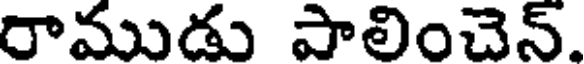
రాముడు పాలించెన్.